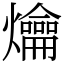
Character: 爚